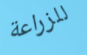
للزراعة